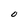
Character: O